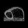
Digit: ၈